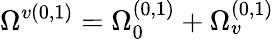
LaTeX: \Omega^{v(0,1)}=\Omega_{0}^{(0,1)}+\Omega_{v}^{(0,1)}